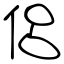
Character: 侶